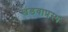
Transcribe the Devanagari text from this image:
खंडवाप्रस्थ